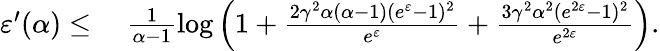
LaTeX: \begin{array}{rl}{\varepsilon^{\prime}(\alpha)\leq}&{\ \frac{1}{\alpha-1}\log\left(1+\frac{2\gamma^{2}\alpha(\alpha-1)(e^{\varepsilon}-1)^{2}}{e^{\varepsilon}}+\frac{3\gamma^{2}\alpha^{2}(e^{2\varepsilon}-1)^{2}}{e^{2\varepsilon}}\right).}\end{array}